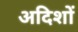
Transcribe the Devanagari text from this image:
अदिशों